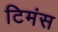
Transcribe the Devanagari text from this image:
टिमंस